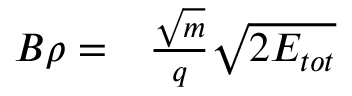
\begin{array} { r l } { B \rho = } & { { } \frac { \sqrt { m } } { q } \sqrt { 2 E _ { t o t } } } \end{array}